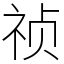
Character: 祯